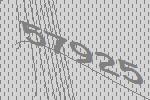
57925